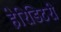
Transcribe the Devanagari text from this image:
हेरिडिटरी